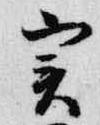
実